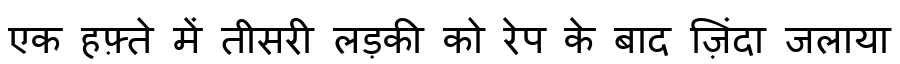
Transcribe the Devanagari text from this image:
एक हफ़्ते में तीसरी लड़की को रेप के बाद ज़िंदा जलाया